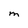
Character: M